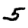
Digit: 5